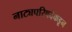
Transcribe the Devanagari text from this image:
नाट्यपरिषदेकडून